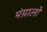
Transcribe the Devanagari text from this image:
मंग्रालो